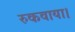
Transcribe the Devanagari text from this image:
रुकवाया।